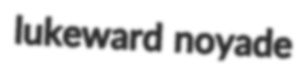
lukeward noyade